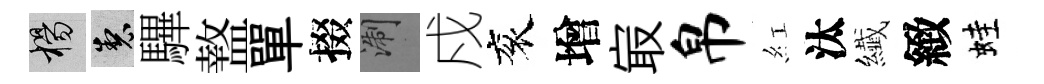
楊製驆盩單掇浙戍衮增㝡帛紅汰纎緻蛙